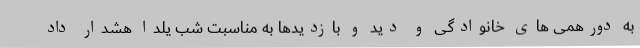
به دورهمی های خانوادگی و دید و بازدیدها به مناسبت شب یلدا هشدار داد